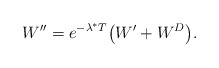
\begin{align*}W''=e^{-\lambda^* T}\big(W'+W^D\big).\end{align*}